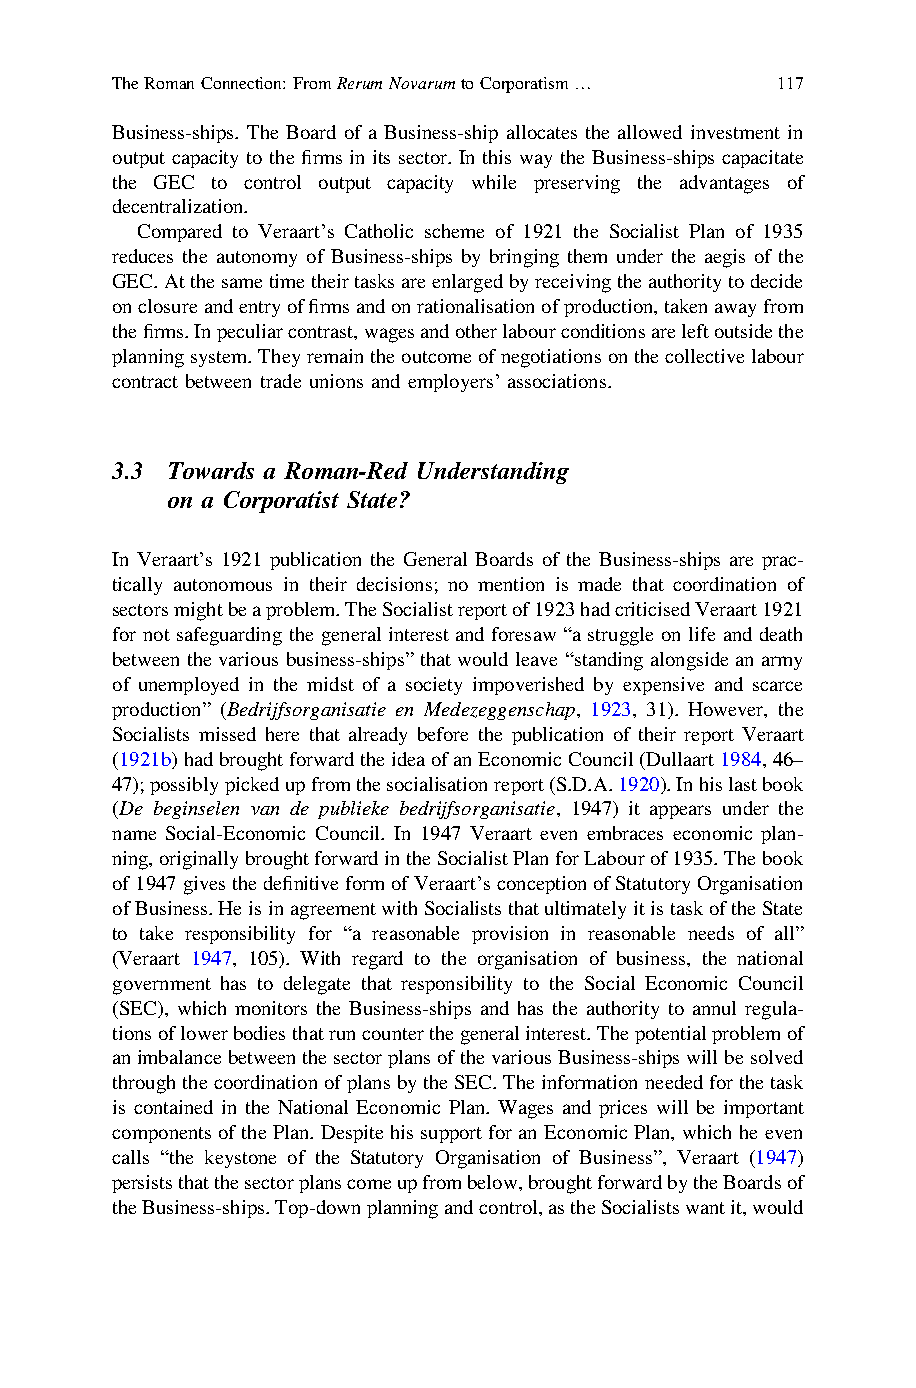
TheRomanConnection:FromRerumNovarumtoCorporatism… 117
 Business-ships. The Board of a Business-ship allocates the allowed investment in
 output capacity to the firms in its sector. In this way the Business-ships capacitate
 the GEC to control output capacity while preserving the advantages of
 decentralization.
 Compared to Veraart’s Catholic scheme of 1921 the Socialist Plan of 1935
 reduces the autonomy of Business-ships by bringing them under the aegis of the
 GEC.Atthesametimetheirtasksareenlargedbyreceivingtheauthoritytodecide
 onclosureandentryoffirmsandonrationalisationofproduction,takenawayfrom
 thefirms.Inpeculiarcontrast,wagesandotherlabourconditionsareleftoutsidethe
 planningsystem.Theyremaintheoutcomeofnegotiationsonthecollectivelabour
 contract between trade unions and employers’ associations.
 3.3 Towards a Roman-Red Understanding
 on a Corporatist State?
 In Veraart’s 1921 publication the General Boards of the Business-ships are prac-
 tically autonomous in their decisions; no mention is made that coordination of
 sectorsmightbeaproblem.TheSocialistreportof1923hadcriticisedVeraart1921
 for not safeguarding the general interest and foresaw “a struggle on life and death
 between the various business-ships” that would leave “standing alongsidean army
 of unemployed in the midst of a society impoverished by expensive and scarce
 production” (Bedrijfsorganisatie en Medezeggenschap, 1923, 31). However, the
 Socialists missed here that already before the publication of their report Veraart
 (1921b)hadbroughtforwardtheideaofanEconomicCouncil(Dullaart1984,46–
 47);possiblypickedupfromthesocialisationreport(S.D.A.1920).Inhislastbook
 (De beginselen van de publieke bedrijfsorganisatie, 1947) it appears under the
 name Social-Economic Council. In 1947 Veraart even embraces economic plan-
 ning,originallybroughtforwardintheSocialistPlanforLabourof1935.Thebook
 of1947givesthedefinitiveformofVeraart’sconceptionofStatutoryOrganisation
 ofBusiness.HeisinagreementwithSocialiststhatultimatelyitistaskoftheState
 to take responsibility for “a reasonable provision in reasonable needs of all”
 (Veraart 1947, 105). With regard to the organisation of business, the national
 government has to delegate that responsibility to the Social Economic Council
 (SEC), which monitors the Business-ships and has the authority to annul regula-
 tionsoflowerbodiesthatruncounterthegeneralinterest.Thepotentialproblemof
 animbalancebetweenthesectorplansofthevariousBusiness-shipswillbesolved
 throughthecoordinationofplansbytheSEC.Theinformationneededforthetask
 is contained in the National Economic Plan. Wages and prices will be important
 components ofthePlan. Despitehis supportfor an EconomicPlan, whichhe even
 calls “the keystone of the Statutory Organisation of Business”, Veraart (1947)
 persiststhatthesectorplanscomeupfrombelow,broughtforwardbytheBoardsof
 theBusiness-ships.Top-downplanningandcontrol,astheSocialistswantit,would